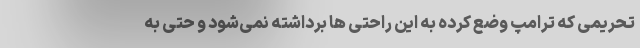
تحریمی که ترامپ وضع کرده به این راحتی ها برداشته نمی‌شود و حتی به